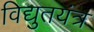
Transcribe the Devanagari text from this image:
विद्युतयंत्र